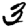
Digit: 3